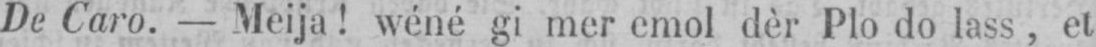
De Caro. - Meija! wéné gi mer emol dèr Plo do lass, et